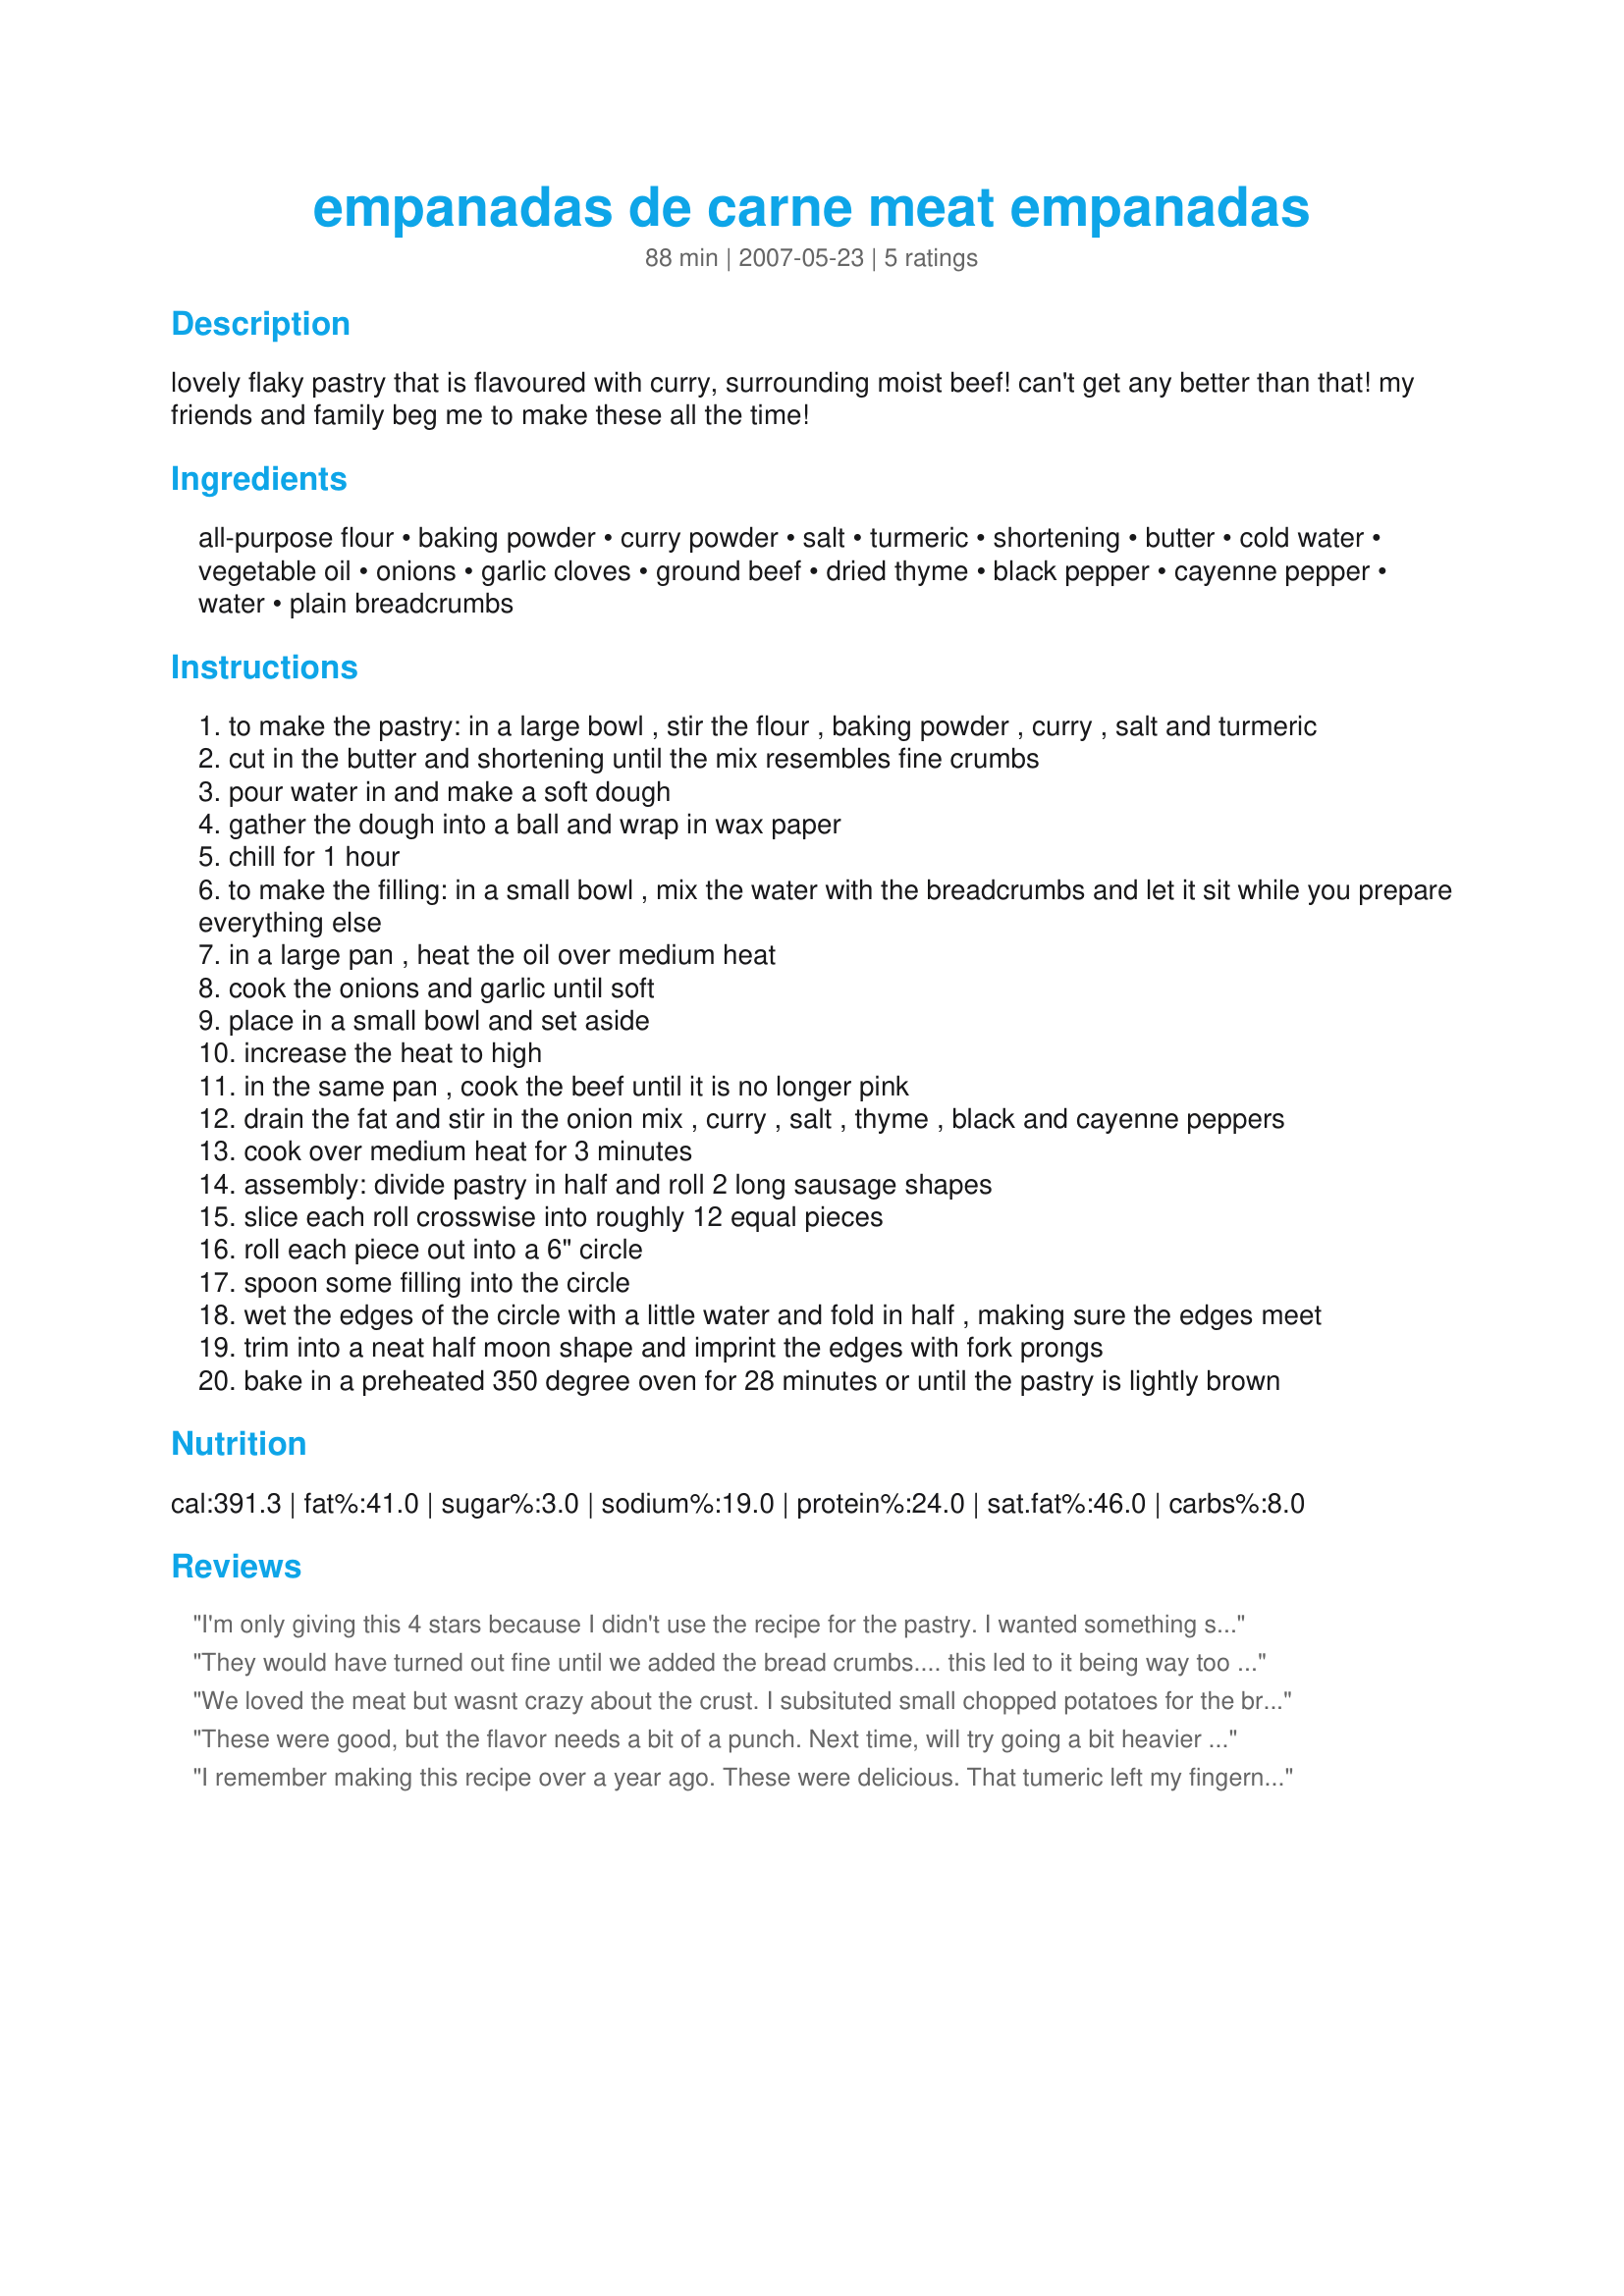
empanadas de carne meat empanadas
Preparation time: 88 minutes

lovely flaky pastry that is flavoured with curry, surrounding moist beef! can't get any better than that! my friends and family beg me to make these all the time!

Ingredients:
all-purpose flour, baking powder, curry powder, salt, turmeric, shortening, butter, cold water, vegetable oil, onions, garlic cloves, ground beef, dried thyme, black pepper, cayenne pepper, water, plain breadcrumbs

Steps:
to make the pastry: in a large bowl , stir the flour , baking powder , curry , salt and turmeric
cut in the butter and shortening until the mix resembles fine crumbs
pour water in and make a soft dough
gather the dough into a ball and wrap in wax paper
chill for 1 hour
to make the filling: in a small bowl , mix the water with the breadcrumbs and let it sit while you prepare everything else
in a large pan , heat the oil over medium heat
cook the onions and garlic until soft
place in a small bowl and set aside
increase the heat to high
in the same pan , cook the beef until it is no longer pink
drain the fat and stir in the onion mix , curry , salt , thyme , black and cayenne peppers
cook over medium heat for 3 minutes
assembly: divide pastry in half and roll 2 long sausage shapes
slice each roll crosswise into roughly 12 equal pieces
roll each piece out into a 6" circle
spoon some filling into the circle
wet the edges of the circle with a little water and fold in half , making sure the edges meet
trim into a neat half moon shape and imprint the edges with fork prongs
bake in a preheated 350 degree oven for 28 minutes or until the pastry is lightly brown

Reviews:
I'm only giving this 4 stars because I didn't use the recipe for the pastry. I wanted something simple to put together so I used a box of 'Jiffy' pie crust mix. (bad idea)I fried them and found the pastry very greasy. I had a lot of filling left over so I used egg roll wrappers for the rest. I wrapped them like an egg roll and fried for about 3 minutes. Yum :-)
The filling was great. I love to experiment with different spices and this is a great way to use curry powder. The only thing was that the recipe didn't tell what to do with the bread crumbs and water so I just added it into the meat mixture after it had cooled down a bit. We put a little hot sauce on them, but I think I'm going to search for a good homemade sauce for dipping these. 
Thanks for a great recipe :-)
They would have turned out fine until we added the bread crumbs.... this led to it being way too bread crumby for our taste. I think if we would have left them out it would have been much better. Besides that a great recipe. The shell was very good though. I would suggest adding salsa rice cheese and refried beans to the meat, we did this and it turned out fantastic!
We loved the meat but wasnt crazy about the crust. I subsituted small chopped potatoes for the bread that I fried with the meat and then added 1/2 of a 6oz can of tomato paste as it seemed like it needed something else. I will be making the meat again minus the empanada shell.
These were good, but the flavor needs a bit of a punch. Next time, will try going a bit heavier on the spices in the meat. I didn&#039;t add the breadcrumbs, as it seemed like it might be a bit too much based on other reviews. The pastry was unlike any I&#039;ve had in empanadas before, but was flaky and very good. Instead of rolling the dough, I used a tortilla press, which makes perfectly round circles in no time at all. With a bit of tweaking for our taste, this is a recipe we&#039;ll try again. Thanks for posting! Made for Spring PAC 2013.
I remember making this recipe over a year ago. These were delicious. That tumeric left my fingernails yellow for a week, but it was worth it. My dad asked me to make them again for our rather untraditional Thanksgiving. I scoured recipezaar to find this one recipe because I think it is the best one! Thank you! Delicious!
